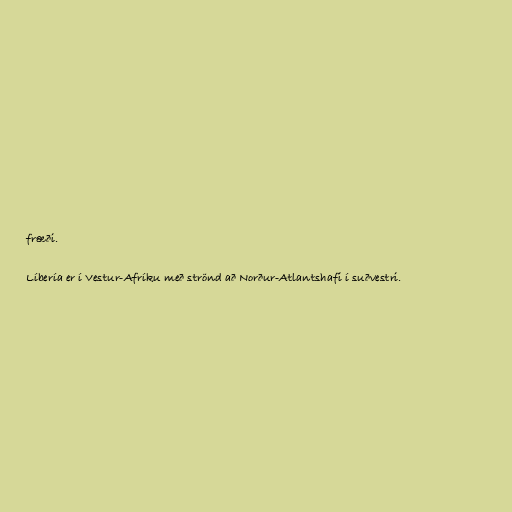
fræði.

Líbería er í Vestur-Afríku með strönd að Norður-Atlantshafi í suðvestri.